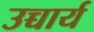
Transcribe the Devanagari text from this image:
उच्चार्य